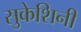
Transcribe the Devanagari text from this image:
सुकेशिनी